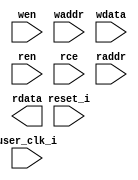
//-----------------------------------------------------------------------------
//
// (c) Copyright 2010-2011 Xilinx, Inc. All rights reserved.
//
// This file contains confidential and proprietary information
// of Xilinx, Inc. and is protected under U.S. and
// international copyright and other intellectual property
// laws.
//
// DISCLAIMER
// This disclaimer is not a license and does not grant any
// rights to the materials distributed herewith. Except as
// otherwise provided in a valid license issued to you by
// Xilinx, and to the maximum extent permitted by applicable
// law: (1) THESE MATERIALS ARE MADE AVAILABLE "AS IS" AND
// WITH ALL FAULTS, AND XILINX HEREBY DISCLAIMS ALL WARRANTIES
// AND CONDITIONS, EXPRESS, IMPLIED, OR STATUTORY, INCLUDING
// BUT NOT LIMITED TO WARRANTIES OF MERCHANTABILITY, NON-
// INFRINGEMENT, OR FITNESS FOR ANY PARTICULAR PURPOSE; and
// (2) Xilinx shall not be liable (whether in contract or tort,
// including negligence, or under any other theory of
// liability) for any loss or damage of any kind or nature
// related to, arising under or in connection with these
// materials, including for any direct, or any indirect,
// special, incidental, or consequential loss or damage
// (including loss of data, profits, goodwill, or any type of
// loss or damage suffered as a result of any action brought
// by a third party) even if such damage or loss was
// reasonably foreseeable or Xilinx had been advised of the
// possibility of the same.
//
// CRITICAL APPLICATIONS
// Xilinx products are not designed or intended to be fail-
// safe, or for use in any application requiring fail-safe
// performance, such as life-support or safety devices or
// systems, Class III medical devices, nuclear facilities,
// applications related to the deployment of airbags, or any
// other applications that could lead to death, personal
// injury, or severe property or environmental damage
// (individually and collectively, "Critical
// Applications"). Customer assumes the sole risk and
// liability of any use of Xilinx products in Critical
// Applications, subject only to applicable laws and
// regulations governing limitations on product liability.
//
// THIS COPYRIGHT NOTICE AND DISCLAIMER MUST BE RETAINED AS
// PART OF THIS FILE AT ALL TIMES.
//
//-----------------------------------------------------------------------------
// Project    : Series-7 Integrated Block for PCI Express
// Version    : 1.7
//  Description : pcie bram wrapper
//                arrange and connect brams
//                implement address decoding, datapath muxing and pipeline stages
//
//                banks of brams are used for 1,2,4,8,18 brams
//                brams are stacked for other values of NUM_BRAMS
//
//-----------------------------------------------------------------------------

`timescale 1ps/1ps

module pcie_7x_v1_8_pcie_brams_7x
#(
  parameter [3:0]  LINK_CAP_MAX_LINK_SPEED = 4'h1,        // PCIe Link Speed : 1 - 2.5 GT/s; 2 - 5.0 GT/s
  parameter [5:0]  LINK_CAP_MAX_LINK_WIDTH = 6'h08,       // PCIe Link Width : 1 / 2 / 4 / 8
  parameter IMPL_TARGET             = "HARD",             // the implementation target : HARD, SOFT

  // the number of BRAMs to use
  // supported values are:
  // 1,2,4,8,18
  parameter NUM_BRAMS               = 0,

  // BRAM read address latency
  //
  // value     meaning
  // ====================================================
  //   0       BRAM read address port sample
  //   1       BRAM read address port sample and a pipeline stage on the address port
  parameter RAM_RADDR_LATENCY   = 1,

  // BRAM read data latency
  //
  // value     meaning
  // ====================================================
  //   1       no BRAM OREG
  //   2       use BRAM OREG
  //   3       use BRAM OREG and a pipeline stage on the data port
  parameter RAM_RDATA_LATENCY   = 1,

  // BRAM write latency
  // The BRAM write port is synchronous
  //
  // value     meaning
  // ====================================================
  //   0       BRAM write port sample
  //   1       BRAM write port sample plus pipeline stage
  parameter RAM_WRITE_LATENCY       = 1
)
(
  input          user_clk_i,
  input          reset_i,

  input          wen,
  input  [12:0]  waddr,
  input  [71:0]  wdata,
  input          ren,
  input          rce,
  input  [12:0]  raddr,
  output [71:0]  rdata
  );

  // turn on the bram output register
  localparam DOB_REG = (RAM_RDATA_LATENCY > 1) ? 1 : 0;

  // calculate the data width of the individual brams
  localparam [6:0] WIDTH = ((NUM_BRAMS == 1) ? 72 :
                            (NUM_BRAMS == 2) ? 36 :
                            (NUM_BRAMS == 4) ? 18 :
                            (NUM_BRAMS == 8) ?  9 :
                                                4
                           );

  parameter TCQ           = 1;

  wire        wen_int;
  wire [12:0] waddr_int;
  wire [71:0] wdata_int;

  wire        ren_int;
  wire [12:0] raddr_int;
  wire [71:0] rdata_int;

  //synthesis translate_off
  initial
  begin
    $display("[%t] %m NUM_BRAMS %0d  DOB_REG %0d WIDTH %0d RAM_WRITE_LATENCY %0d RAM_RADDR_LATENCY %0d RAM_RDATA_LATENCY %0d",
    $time, NUM_BRAMS, DOB_REG, WIDTH, RAM_WRITE_LATENCY, RAM_RADDR_LATENCY, RAM_RDATA_LATENCY);

    case (NUM_BRAMS)
      1,2,4,8,18:;
      default:
        begin
           $display("[%t] %m Error NUM_BRAMS %0d not supported", $time, NUM_BRAMS);
           $finish;
        end
    endcase // case(NUM_BRAMS)

    case (RAM_RADDR_LATENCY)
      0,1:;
      default:
        begin
           $display("[%t] %m Error RAM_READ_LATENCY %0d not supported", $time, RAM_RADDR_LATENCY);
           $finish;
        end
    endcase // case (RAM_RADDR_LATENCY)

    case (RAM_RDATA_LATENCY)
      1,2,3:;
      default:
        begin
           $display("[%t] %m Error RAM_READ_LATENCY %0d not supported", $time, RAM_RDATA_LATENCY);
           $finish;
        end
    endcase // case (RAM_RDATA_LATENCY)

    case (RAM_WRITE_LATENCY)
      0,1:;
      default:
        begin
           $display("[%t] %m Error RAM_WRITE_LATENCY %0d not supported", $time, RAM_WRITE_LATENCY);
           $finish;
        end
    endcase // case(RAM_WRITE_LATENCY)

  end
  //synthesis translate_on

  // model the delays for ram write latency

  generate if (RAM_WRITE_LATENCY == 1) begin : wr_lat_2
   reg        wen_q;
   reg [12:0] waddr_q;
   reg [71:0] wdata_q;

    always @(posedge user_clk_i) begin
      if (reset_i)
      begin
        wen_q   <= #TCQ 1'b0;
        waddr_q <= #TCQ 13'b0;
      // Disable Reset on Data Path @ BRAM i/f as I/O come from PCIe HB.
      //  wdata_q <= #TCQ 72'b0;
      end 
      else 
      begin
        wen_q   <= #TCQ wen;
        waddr_q <= #TCQ waddr;
        wdata_q <= #TCQ wdata;
      end
    end

    assign wen_int   = wen_q;
    assign waddr_int = waddr_q;
    assign wdata_int = wdata_q;
  end // if (RAM_WRITE_LATENCY == 1)

  else if (RAM_WRITE_LATENCY == 0) begin : wr_lat_1
    assign wen_int   = wen;
    assign waddr_int = waddr;
    assign wdata_int = wdata;
  end
  endgenerate

  // model the delays for ram read latency

  generate if (RAM_RADDR_LATENCY == 1) begin : raddr_lat_2
    reg        ren_q;
    reg [12:0] raddr_q;

    always @(posedge user_clk_i) begin
      if (reset_i)
      begin
        ren_q   <= #TCQ 1'b0;
        raddr_q <= #TCQ 13'b0;
      end
      else
      begin
        ren_q   <= #TCQ ren;
        raddr_q <= #TCQ raddr;
      end // else: !if(reset_i)
    end

    assign ren_int   = ren_q;
    assign raddr_int = raddr_q;
  end // block: rd_lat_addr_2

  else begin : raddr_lat_1
    assign ren_int   = ren;
    assign raddr_int = raddr;
  end
  endgenerate

  generate if (RAM_RDATA_LATENCY == 3) begin : rdata_lat_3
    reg [71:0] rdata_q;

    always @(posedge user_clk_i) begin
      // Disable Reset on Data Path @ BRAM i/f as I/O come from PCIe HB.
      //if (reset_i)
      //begin
      //  rdata_q <= #TCQ 72'b0;
      //end
      //else
      //begin
        rdata_q <= #TCQ rdata_int;
      //end // else: !if(reset_i)
    end

    assign rdata     = rdata_q;

  end // block: rd_lat_data_3

  else begin : rdata_lat_1_2
    assign rdata     = rdata_int;
  end
  endgenerate

  // instantiate the brams
  generate
    genvar ii;
    for (ii = 0; ii < NUM_BRAMS; ii = ii + 1) begin : brams
      pcie_7x_v1_8_pcie_bram_7x #(
        .LINK_CAP_MAX_LINK_WIDTH(LINK_CAP_MAX_LINK_WIDTH),
        .LINK_CAP_MAX_LINK_SPEED(LINK_CAP_MAX_LINK_SPEED),
        .IMPL_TARGET      (IMPL_TARGET),
        .DOB_REG          (DOB_REG),
        .WIDTH            (WIDTH)
      )
      ram (
        .user_clk_i(user_clk_i),
        .reset_i(reset_i),
        .wen_i(wen_int),
        .waddr_i(waddr_int),
        .wdata_i(wdata_int[(((ii + 1) * WIDTH) - 1): (ii * WIDTH)]),
        .ren_i(ren_int),
        .raddr_i(raddr_int),
        .rdata_o(rdata_int[(((ii + 1) * WIDTH) - 1): (ii * WIDTH)]),
        .rce_i(rce)
      );
    end
  endgenerate

endmodule // pcie_brams_7x